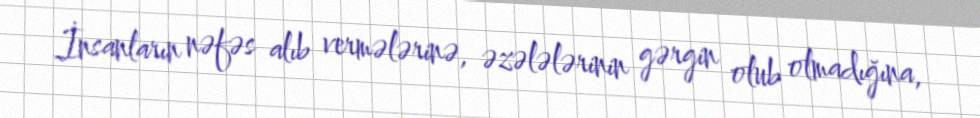
İnsanların nəfəs alıb vermələrinə, əzələlərinin gərgin olub olmadığına,